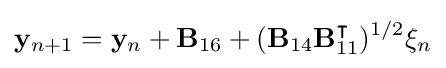
\mathbf {y} _{n+1}=\mathbf {y} _{n}+\mathbf {B} _{16}+(\mathbf {B} _{14}\mathbf {B} _{11}^{\intercal })^{1/2}\mathbf {\xi } _{n}